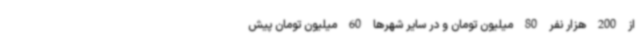
از 200 هزار نفر 80 میلیون تومان و در سایر شهرها 60 میلیون تومان پیش